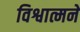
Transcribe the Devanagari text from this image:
विश्वात्मने